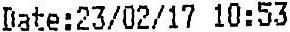
DATE:23/02/17 10:53